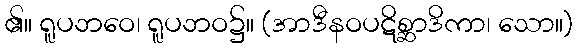
၏။ ရူပဘဝေ၊ ရူပဘဝ၌။ (အာဒီနဝပဋိစ္ဆာဒိကာ၊ သော။)